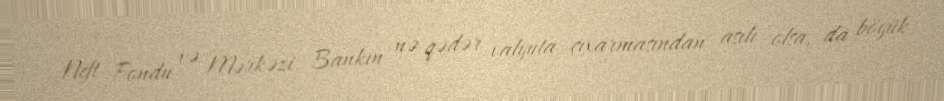
Neft Fondu və Mərkəzi Bankın nə qədər valyuta çıxarmasından asılı olsa, da böyük